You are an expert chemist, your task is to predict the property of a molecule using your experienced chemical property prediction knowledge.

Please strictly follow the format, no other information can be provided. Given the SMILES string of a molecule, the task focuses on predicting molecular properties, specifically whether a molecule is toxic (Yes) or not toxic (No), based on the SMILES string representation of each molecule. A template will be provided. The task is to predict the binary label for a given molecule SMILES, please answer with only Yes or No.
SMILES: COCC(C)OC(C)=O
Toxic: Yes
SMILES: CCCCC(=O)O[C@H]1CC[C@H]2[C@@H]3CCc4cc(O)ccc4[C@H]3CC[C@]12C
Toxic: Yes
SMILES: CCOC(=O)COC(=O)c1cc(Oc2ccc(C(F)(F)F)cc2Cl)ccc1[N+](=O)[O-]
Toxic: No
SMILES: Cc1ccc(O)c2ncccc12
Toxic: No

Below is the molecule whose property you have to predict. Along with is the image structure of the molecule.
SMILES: CC(=O)OC(C)(C)C1CC=C(C)CC1
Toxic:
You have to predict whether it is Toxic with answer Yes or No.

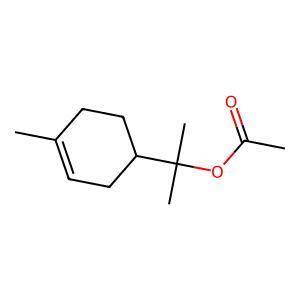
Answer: No